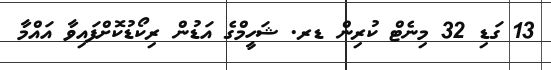
13 ގަޑި 32 މިނެޓް ކުރިން ޑރ. ޝަހީމްގެ އަޑުން ރިކޯޑުކޮށްފައިވާ އައްމާ